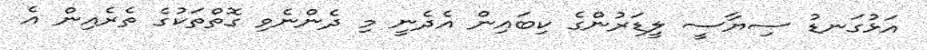
އަޅުގަނޑު ސިޔާސީ ލީޑަރުންގެ ކިބައިން އެދެނީ މި ދެންނެވި ގޮތްތަކުގެ ތެރެއިން އެ